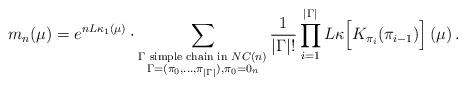
LaTeX: \begin{align*}m_n(\mu)=e^{n L\kappa_1(\mu)}\cdot\displaystyle\sum_{\substack{\Gamma \textup{ simple chain in }NC(n)\\ \Gamma=(\pi_0,\ldots,\pi_{|\Gamma|}),\pi_0=0_n}} \frac{1}{|\Gamma| !} \displaystyle\prod_{i=1}^{|\Gamma|} L\kappa\Big[K_{\pi_i}(\pi_{i-1})\Big]\left(\mu \right).\end{align*}